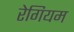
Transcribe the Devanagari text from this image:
रेगियम